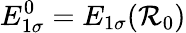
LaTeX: E_{1\sigma}^{0}=E_{1\sigma}(\mathcal{R}_{0})